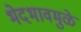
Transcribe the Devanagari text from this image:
भेदभावमुळे